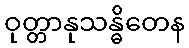
ဝုတ္တာနုသန္ဓိတေန